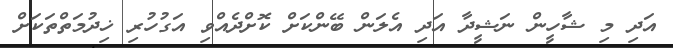
އަދި މި ޝާހީން ނަޝީދާ އަދި އެލަން ބޭންކަށް ކޮށްދެއްވި އަގުހުރި ޚިދުމަތްތަކަށް